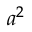
\ \ \ a ^ { 2 }